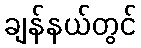
ချန်နယ်တွင်